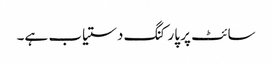
سائٹ پر پارکنگ دستیاب ہے۔